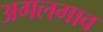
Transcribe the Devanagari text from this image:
अगलगाव